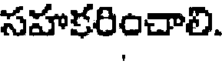
సహకరించాలి.